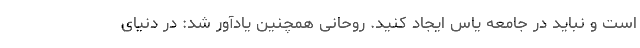
است و نباید در جامعه یاس ایجاد کنید. روحانی همچنین یادآور شد: در دنیای